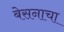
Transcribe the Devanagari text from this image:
बेसनाचा